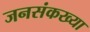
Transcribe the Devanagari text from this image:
जनसंकख्या